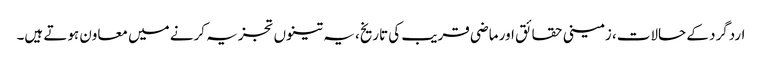
اردگرد کے حالات، زمینی حقائق اور ماضی قریب کی تاریخ، یہ تینوں تجزیہ کرنے میں معاون ہوتے ہیں۔